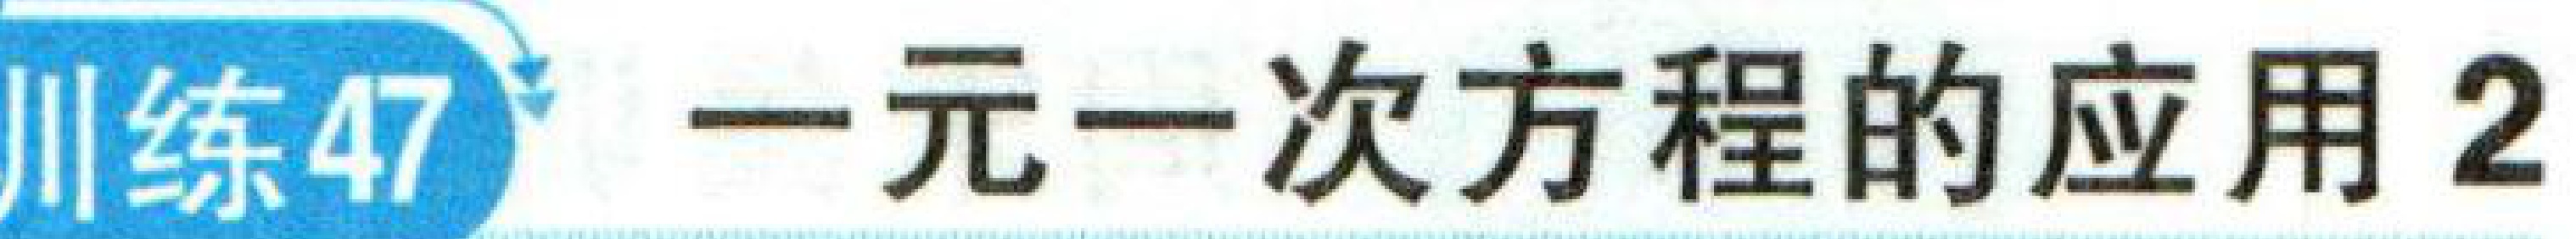
训练47 一元一次方程的应用2